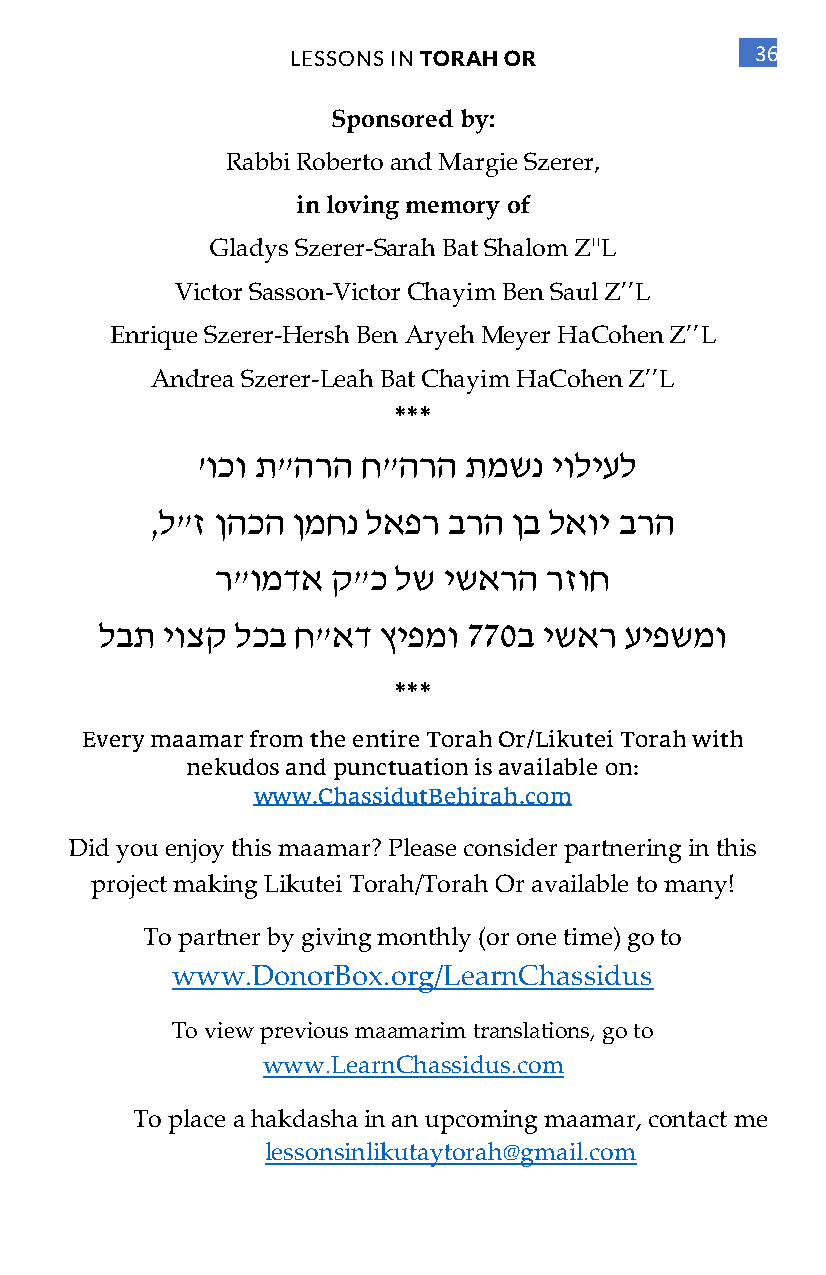
LESSONS IN TORAH OR            36
 Sponsored by:
 Rabbi Roberto and Margie Szerer,
 in loving memory of
 Gladys Szerer-Sarah Bat Shalom Z''L
 Victor Sasson-Victor Chayim Ben Saul Z’’L
 Enrique Szerer-Hersh Ben Aryeh Meyer HaCohen Z’’L
 Andrea Szerer-Leah Bat Chayim HaCohen Z’’L
 ***
 'וכו ת"הרה ח"הרה  תמשנ  יוליעל
 ,ל"ז ןהכה ןמחנ לאפר ברה ןב לאוי ברה
 ר "ומדא ק"כ לש ישארה  רזוח
 ל בת יוצק לכב ח"אד ץיפמו 770ב ישאר עיפשמו
 ***
 Every maamar from the entire Torah Or/Likutei Torah with
 nekudos and punctuation is available on:
 www.ChassidutBehirah.com
 Did you enjoy this maamar? Please consider partnering in this
 project making Likutei Torah/Torah Or available to many!
 To partner by giving monthly (or one time) go to
 www.DonorBox.org/LearnChassidus
 To view previous maamarim translations, go to
 www.LearnChassidus.com
 To place a hakdasha in an upcoming maamar, contact me
 lessonsinlikutaytorah@gmail.com